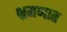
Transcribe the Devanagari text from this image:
भ्रमणात